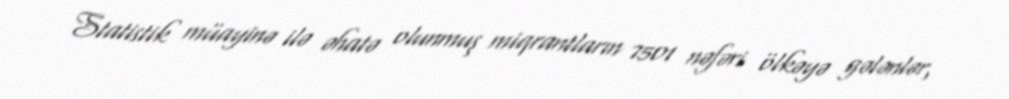
Statistik müayinə ilə əhatə olunmuş miqrantların 7501 nəfəri ölkəyə gələnlər,